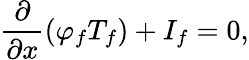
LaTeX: \frac{\partial}{\partial x}\left(\varphi_{f}T_{f}\right)+I_{f}=0,